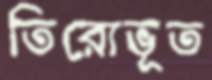
তিরোভূত